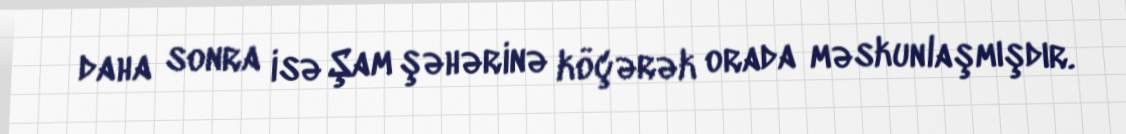
daha sonra isə Şam şəhərinə köçərək orada məskunlaşmışdır.